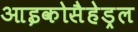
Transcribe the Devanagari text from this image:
आइकोसैहेड्रल